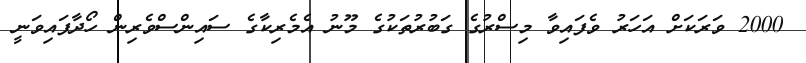
2000 ވަރަކަށް އަހަރު ވެފައިވާ މިސްރުގެ ގަބުރުތަކުގެ މޫނު އެމެރިކާގެ ސައިންސްވެރިން ހޯދާފައިވަނީ